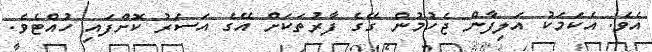
އެވެ. އެކަމަކު އަލިފާން ޖެހުމުން ގޭގެ ފާރުތަކަށް އޭގެ އަސަރު ކޮށްފައި ހުއްޓެވެ.